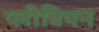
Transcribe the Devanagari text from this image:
प्लीबियन